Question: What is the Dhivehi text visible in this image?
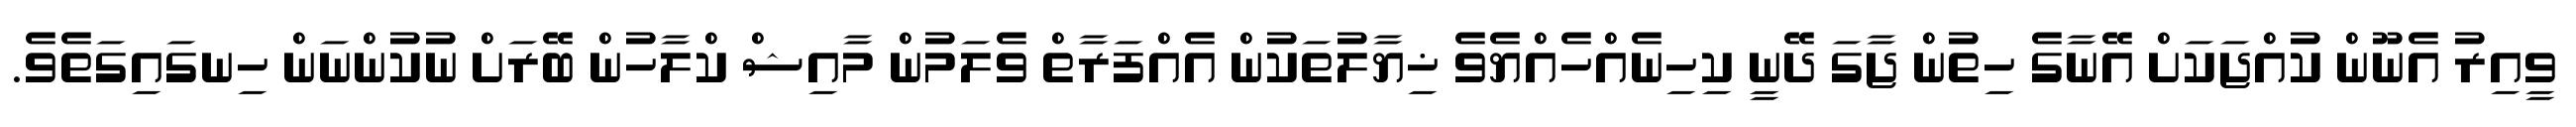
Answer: ވީއިރު އެނޫން ކުއްޖަކަށް އޭނާގެ ހިތުން ޖާގަ ދޭނީ ކިހިނެއްހެއްޔެވެ ޚިޔާލުތަކުން އެއްފަރާތް ވެލަމުން މާއިޝް ކްލާހުން ބޭރަށް ނުކުންނަން ހިނގައިގަތެވެ.